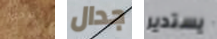
الفحم جدال يستدير